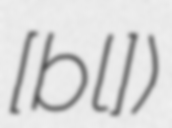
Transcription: ​[ʃɑ̃blɑ̃])